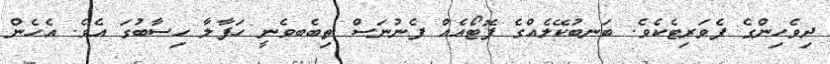
ދިވެހިންގެ ފެވަރިޓެކެވެ. ބަނބުކޭލެއްގެ ފޮޓޯއެއް ފެނުނަސް ތިބެބވެނީ ހަފާލާ ހިސާބުގަ އެވެ. އެހެން